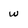
Character: w